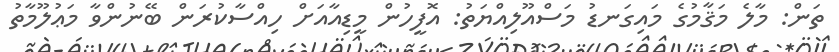
ތަން: މާލެ މަޤާމުގެ މައިގަނޑު މަސްއޫލިއްޔަތު: އޮފީހުން މީޑިއާއަށް ހިއްސާކުރަން ބޭނުންވާ މަޢުލޫމާތު